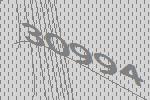
30994